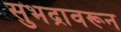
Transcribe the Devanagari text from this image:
सुभद्रावरून